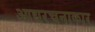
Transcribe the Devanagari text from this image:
आद्यरचनाकार